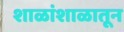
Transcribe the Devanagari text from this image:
शाळांशाळातून